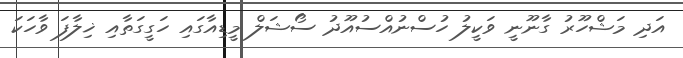
އަދި މަޝްހޫރު ގާނޫނީ ވަކީލު ހުސްނުއްސުއޫދު ސޯޝަލް މީޑިއާގައި ހަގީގަތާއި ޚިލާފަ ވާހަކަ